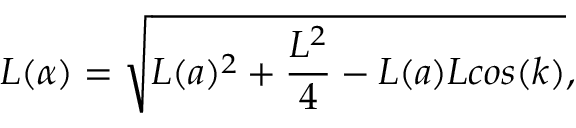
L ( \alpha ) = \sqrt { L ( a ) ^ { 2 } + \frac { L ^ { 2 } } { 4 } - L ( a ) L c o s ( k ) } ,